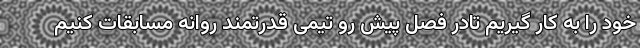
خود را به کار گیریم تادر فصل پیش رو تیمی قدرتمند روانه مسابقات کنیم